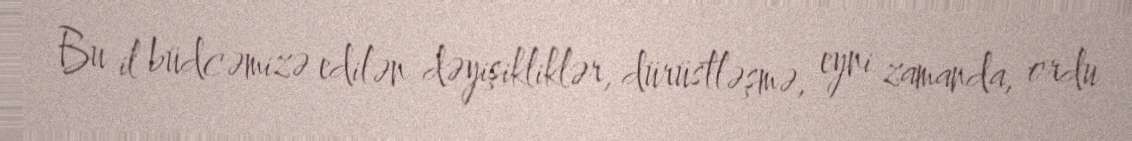
Bu il büdcəmizə edilən dəyişikliklər, dürüstləşmə, eyni zamanda, ordu